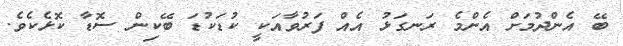
ބޭ އެންދުމަށް އެންމެ ރަނގަޅު އެއް ފަރުވާއަކީ ކުޑަކުޑަ ބޭކިން ސޮޑާ ކޮޅެކެވެ.